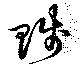
賤